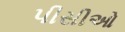
પીસીઓ